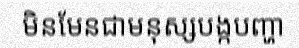
មិនមែនជាមនុស្សបង្កបញ្ហា